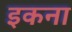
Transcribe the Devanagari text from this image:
इकना